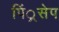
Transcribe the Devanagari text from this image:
पिं्रसेप